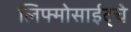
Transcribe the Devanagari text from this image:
लिफ्मोसाईट्चे